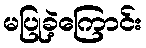
မပြုခဲ့ကြောင်း